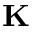
\mathbf { K }